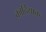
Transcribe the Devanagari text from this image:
कार्दियाक